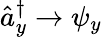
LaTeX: {\hat{a}_{y}^{\dagger}\rightarrow\psi_{y}}